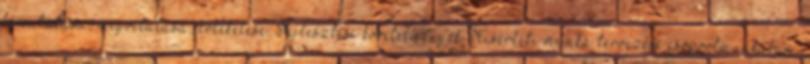
bemutatása, megvitatása, értékelése. Fejlesztési követelmények Kísérleti munka tervezése csoportmunkában,